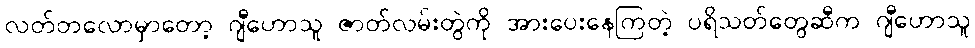
လတ်တလောမှာတော့ ဂျီဟောသူ ဇာတ်လမ်းတွဲကို အားပေးနေကြတဲ့ ပရိသတ်တွေဆီက ဂျီဟောသူ